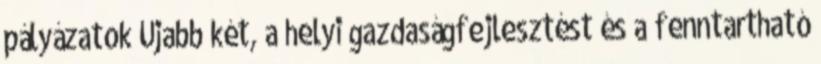
pályázatok Újabb két, a helyi gazdaságfejlesztést és a fenntartható